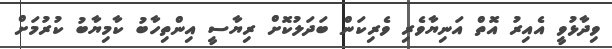
ވިދާޅުވީ އެއިރު އޮތް އަނިޔާވެރި ވެރިކަން ބަދަލުކޮށް ރިޔާސީ އިންތިހާބު ކާމިޔާބު ކުރުމަށް